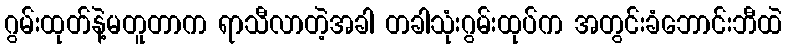
ဂွမ်းထုတ်နဲ့မတူတာက ရာသီလာတဲ့အခါ တခါသုံးဂွမ်းထုပ်က အတွင်းခံဘောင်းဘီထဲ